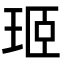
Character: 㺿